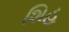
શિહ